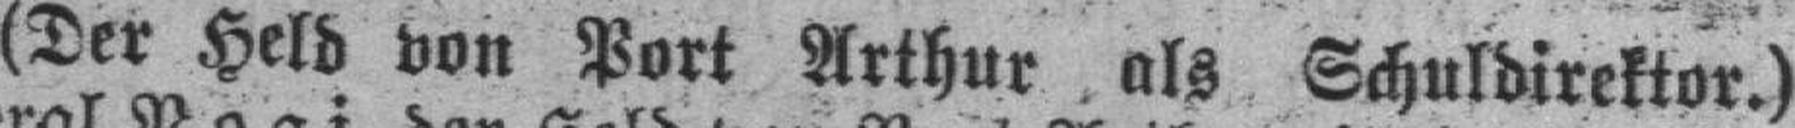
(Der Held von Port Arthur als Schuldirektor.)